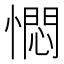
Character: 㦖